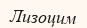
Лизоцим